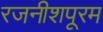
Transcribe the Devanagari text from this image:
रजनीशपूरम